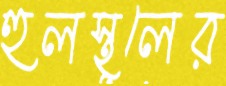
হুলস্থূলের